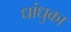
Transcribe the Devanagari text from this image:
धांधुका